Leprosy in India: report of the Leprosy Commission in India, 1890-91
Year: 1890
Disease focus: Leprosy
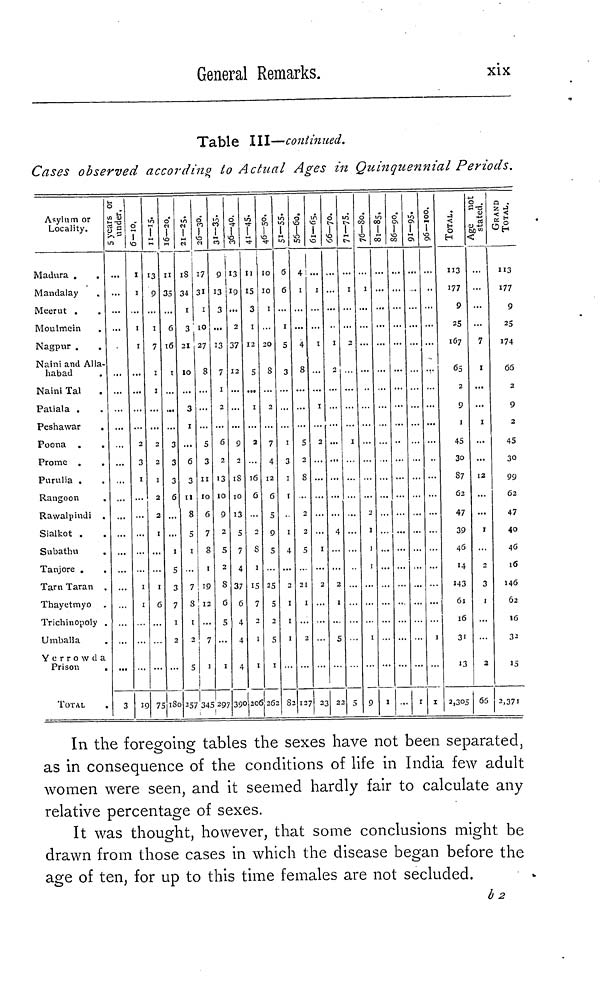
General Remarks.
xix
Table III—continued.
Cases observed according to Actual Ages in Quinquennial Periods.
Asylum or
Locality.
Madura .
.
Mandalay
Meerut .
Moulmein
.
Nagpur .
,
Naini and Alla-
habad
Naini Tal
Patiala .
Peshawar
.
Poona .
Prome .
Purulia .
Rangoon
Rawalpindi .
Sialkot .
Subathu
.
Tanjore .
,
Tarn Taran .
Thayetmyo
Trichinopoly .
Umballa
Yerro w da
Prison
,
TOTAL
.
5 years or under.
3
6-10.
1
1
I
2
3
1
1
1
11-15.
13
9
l
7
1
2
2
1
2
2
I
1
6
75
16-20.
11
35
6
16
1
3
3
3
6
1
6
3
7
1
2
180
21-25.
18
34
1
3
21
10
3
I
6
3
11
8
5
1
7
5
1
2
5
2 57
26-30.
17
3 1
1
170
1
27
8
3
3
11
10
6
7
8
1
19
13
345
31-35.
9
13
3
13
7
2
6
2
13
10
9
2
5
2
8
6
5
1
297
36-40.
13
19
2
37
12
9
2
18
10
13
5
7
4
37
6
4
4
4
39
41-45.
11
15
3
1
12
5
1
2
16
16
5
8
15
7
2
1
1
206
46-50.
10
10
1
20
8
7
4
12
6
5
9
5
25
5
5
1
51-55.
6
6
1
5
3
1
3
1
1
1
4
2
1
1
1
82
56-60.
4
1
4
8
5
2
8
2
2
5
21
1
127
61-65.
I
I
I
2
I
2
23
66-70.
I
4
2
I
5
22
71-75.
1
2
1
5
76-80.
1
1
1
9
81-85.
1
86- 90. 91-95.
1
96-100.
1
1
TOTAL.
113
177
9
25
167
65
2
9
1
45
30
87
62
47
39
46
143
61
16
31
13
2,305
Age not stated.
7
1
1
12
1
3
1
2
65
GRAND TOTAL.
113
177
9
25
174
66
2
9
2
45
30
99
62
47
40
46
16
146
62
16
33
15
2,371
In the foregoing tables the sexes have not been separated,
as in consequence of the conditions of life in India few adult
women were seen, and it seemed hardly fair to calculate any-
relative percentage of sexes.
It was thought, however, that some conclusions might be
drawn from those cases in which the disease began before the
age of ten, for up to this time females are not secluded.
b2